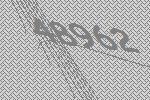
48962